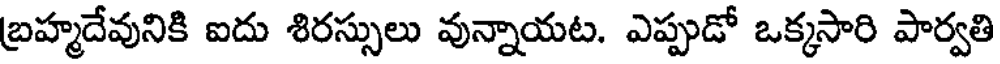
బ్రహ్మదేవునికి ఐదు శిరస్సులు వున్నాయట. ఎప్పుడో ఒక్కసారి పార్వతి